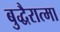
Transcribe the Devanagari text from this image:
बुद्धैरात्मा